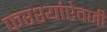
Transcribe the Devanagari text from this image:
फरश्यांऐवजी